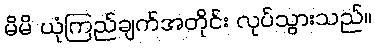
မိမိ ယုံကြည်ချက်အတိုင်း လုပ်သွားသည်။